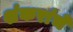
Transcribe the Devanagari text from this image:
शंकरांचे